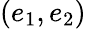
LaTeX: (e_{1},e_{2})